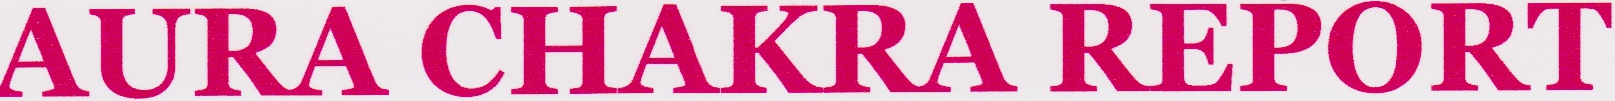
AURA CHAKRA REPORT